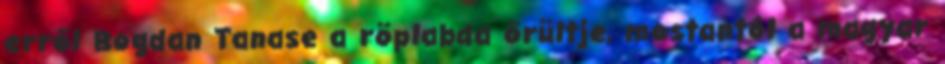
erről Bogdan Tanase a röplabda őrültje, mostantól a magyar